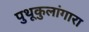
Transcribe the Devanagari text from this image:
पुथूकुलांगारा